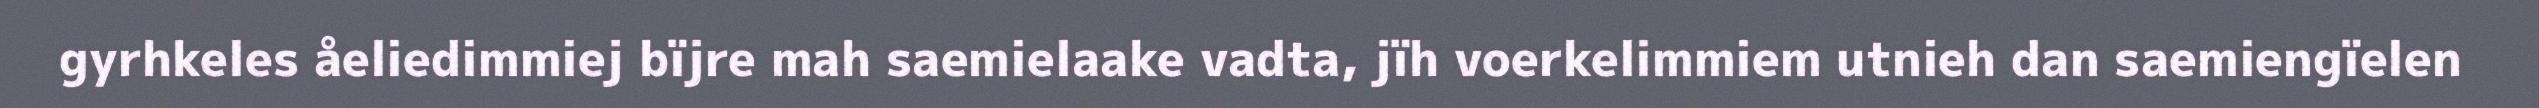
gyrhkeles åeliedimmiej bïjre mah saemielaake vadta, jïh voerkelimmiem utnieh dan saemiengïelen